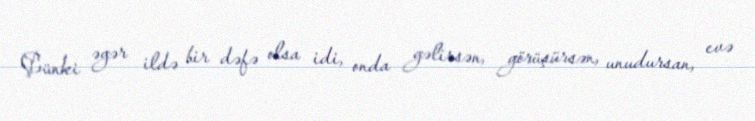
Çünki əgər ildə bir dəfə olsa idi, onda gəlirsən, görüşürsən, unudursan, evə